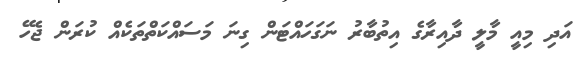
އަދި މިއީ މާލީ ދާއިރާގެ އިތުބާރު ނަގަހައްޓަން ގިނަ މަސައްކަތްތަކެއް ކުރަން ޖެހޭ